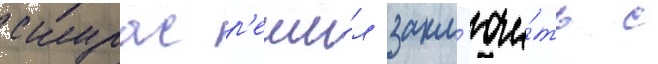
скурас р'еши́л закл'ючи́ть с